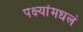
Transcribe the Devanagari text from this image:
पक्ष्यांमधलं